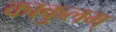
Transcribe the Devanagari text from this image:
काकुलम्